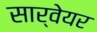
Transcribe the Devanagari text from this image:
सार्वेयर